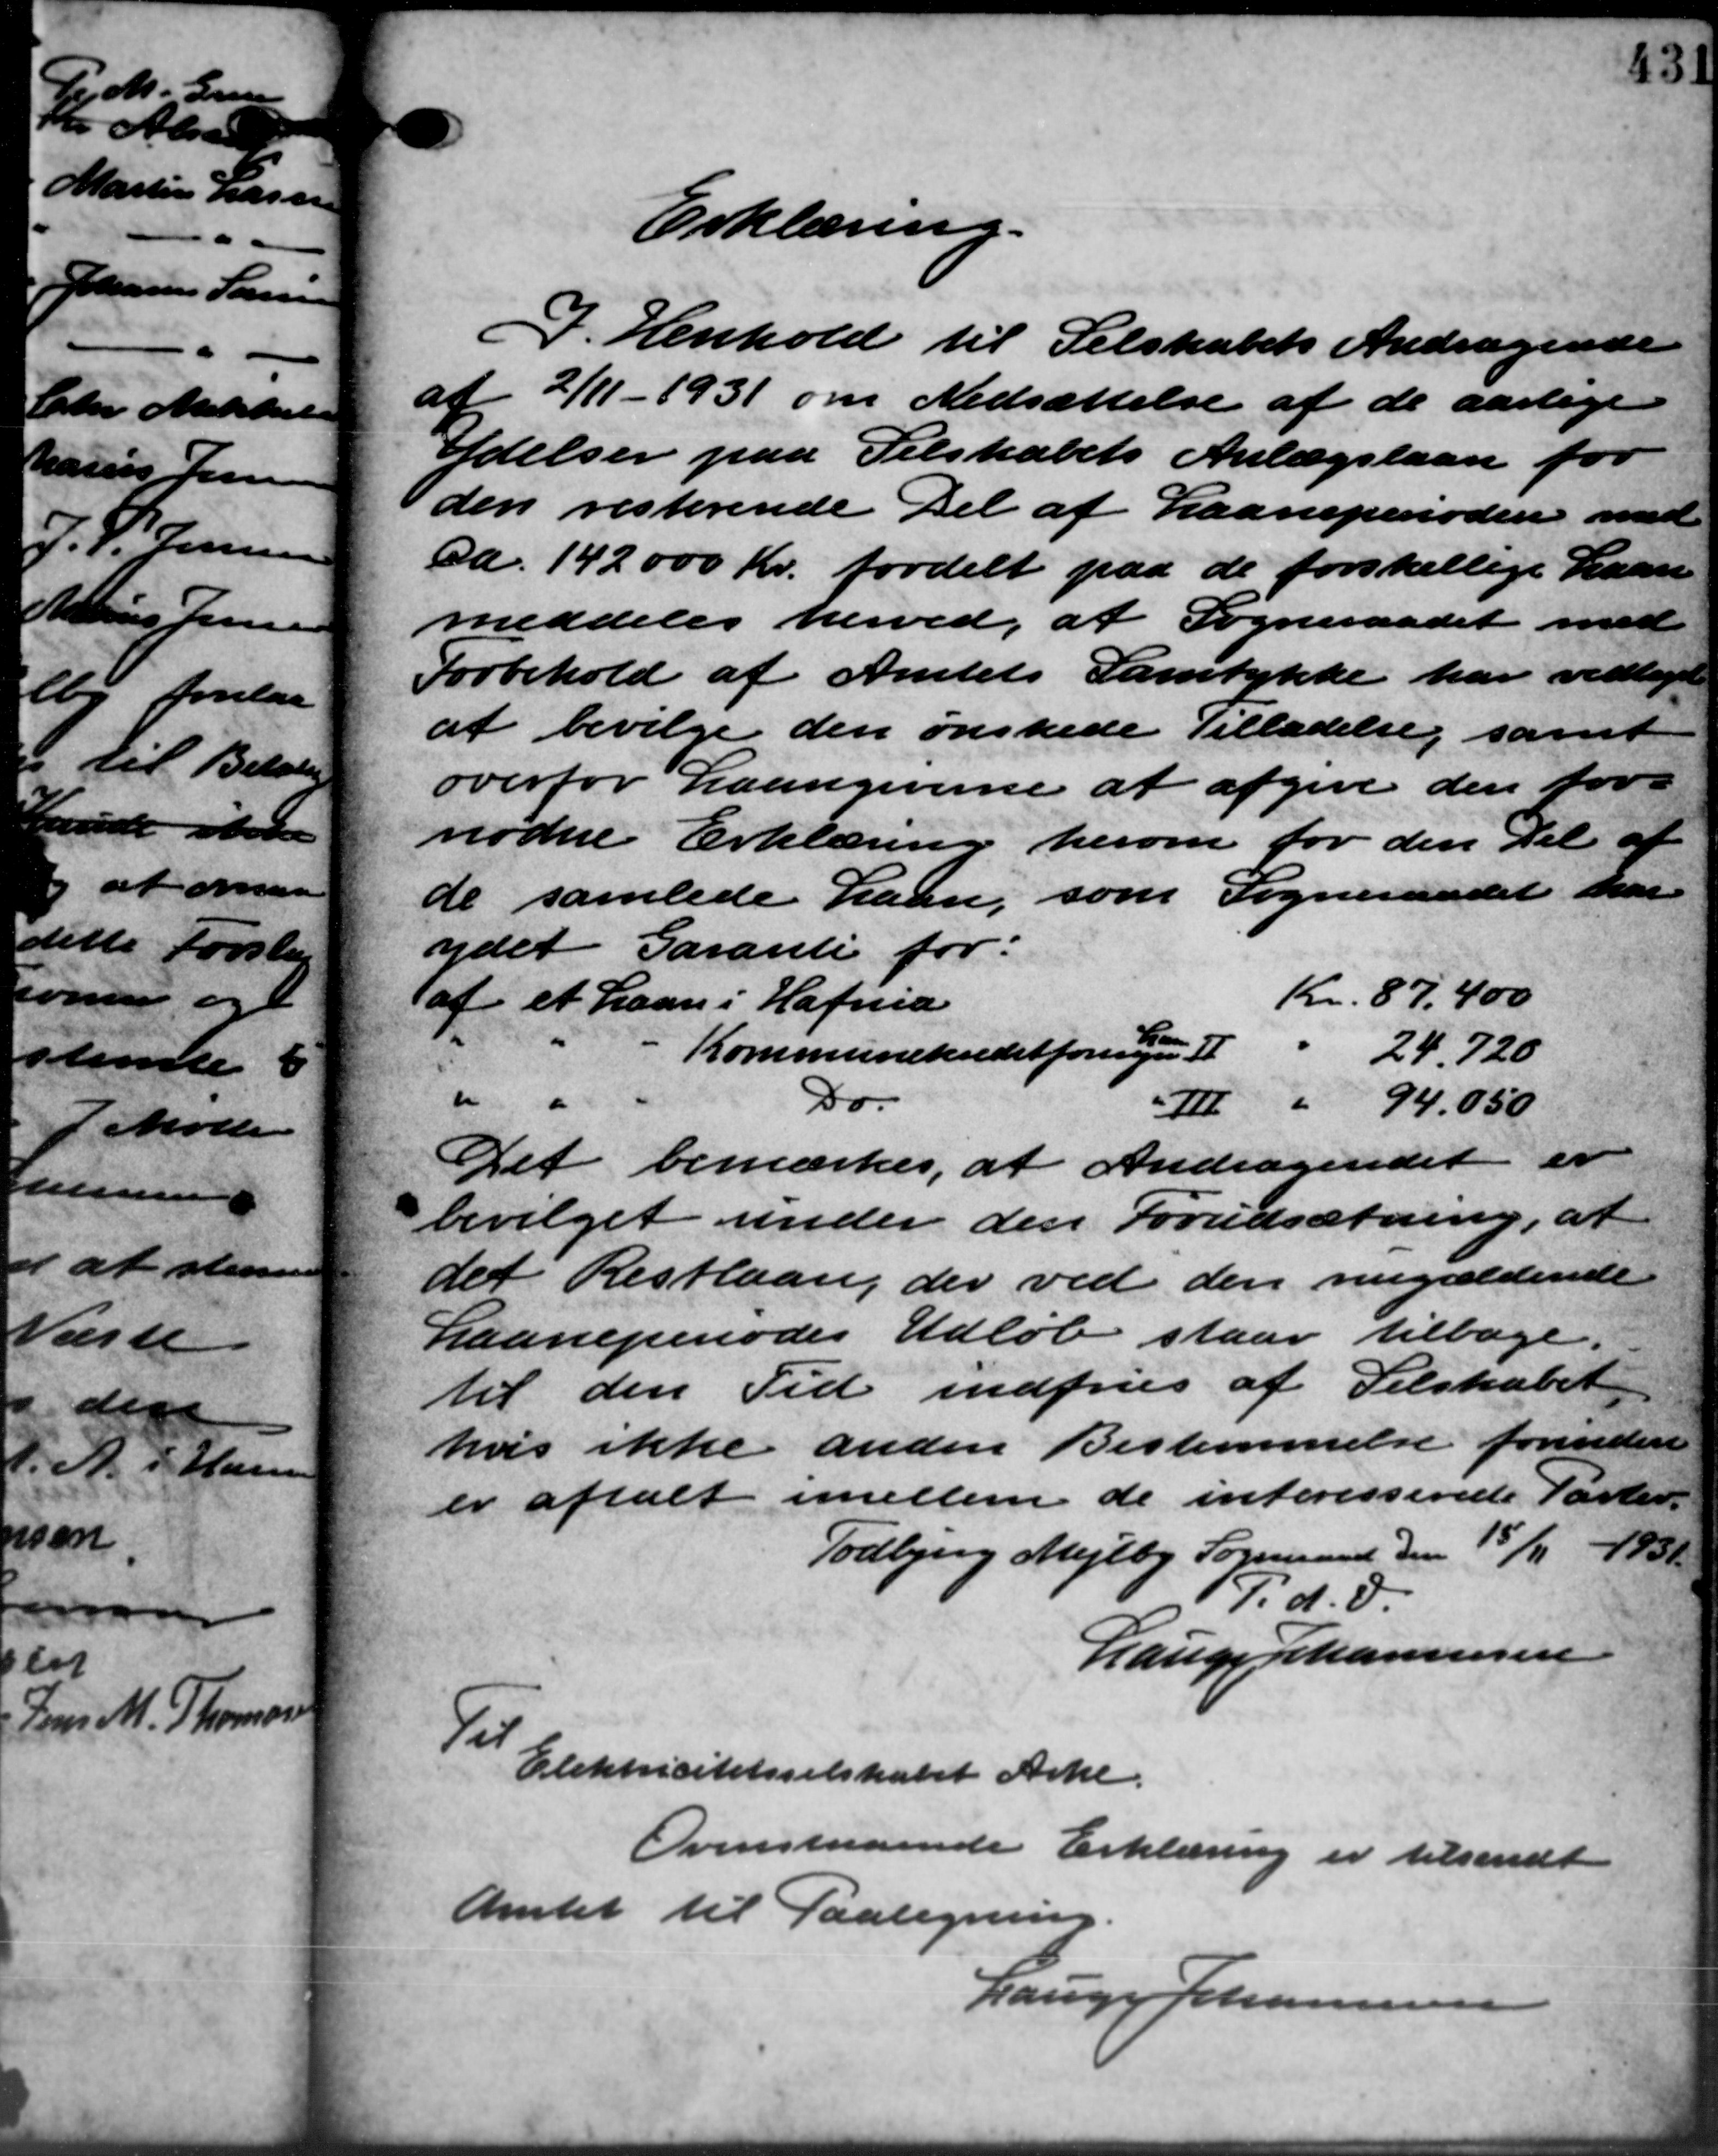
Transskription:
Erklæring.
I Henhold til Selskabets Andragende
af 2/11 - 1931 om Nedsættelse af de aarlige
Ydelser paa Selskabets Anlægslaan for
den resterende Del af Laaneperioden med
Da. 142.000 Kr. fordelt paa de forskellige Laan
meddeles herved, at Sogneraadet med
Forbehold af Amtets Samtykke har vedtaget
at bevilge den ønskede Tilladelse, samt
overfor Laangiverne at afgive den for
nødne Erklæring herom for den Del af
de samlede Laan, som Sogneraadet har
ydet Garanti for:
Kr. 87,400
af et Laan i Hafnia
Kommunekreditforeningen 224,720
" "
Do.
Ⅲ " 94.050
Det bemærkes, at Andragendet er
bevilget under den Forudsætning, at
det Restlaan, der ved den nugældende
Laaneperiodes Udløb staar tilbage.
til den Tid indfries af Selskabet
hvis ikke anden Bestemmelse forinden
er aftalt imellem de interesserede Parter
Todbjerg Mejlby Sogneraad den 15/11 1931.
P. d. S
Lauge Johannesen
Ti
Elektricitetsselskabet Arke.
Ovenstaaende Erklæring er tilsendt
Amtet til Paategning
Lauge Johannesen